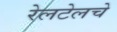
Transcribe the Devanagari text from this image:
रेलटेलचे